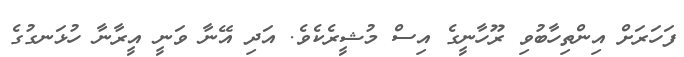
ފަހަރަށް އިންތިހާބުވި ރޫހާނީގެ އިސް މުޝީރެކެވެ. އަދި އޭނާ ވަނީ އީރާނާ ހުޅަނގުގެ